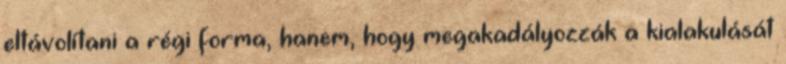
eltávolítani a régi forma, hanem, hogy megakadályozzák a kialakulását